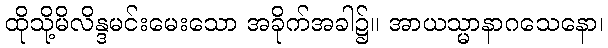
ထိုသို့မိလိန္ဒမင်းမေးသော အခိုက်အခါ၌။ အာယသ္မာနာဂသေနော၊